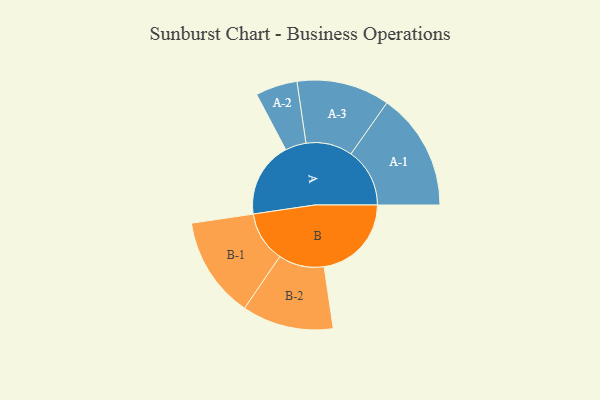
{"axis": {"x": "Segment", "y": "Value"}, "legend": ["", "A", "B"], "data": [{"x": "A", "y": 383, "type": ""}, {"x": "B", "y": 443, "type": ""}, {"x": "A-1", "y": 298, "type": "A"}, {"x": "A-2", "y": 106, "type": "A"}, {"x": "A-3", "y": 236, "type": "A"}, {"x": "B-1", "y": 257, "type": "B"}, {"x": "B-2", "y": 232, "type": "B"}]}